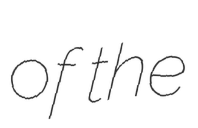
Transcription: of the